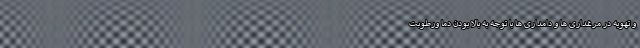
و تهویه در مرغداری ها و دامداری ها با توجه به بالا بودن دما ورطوبت